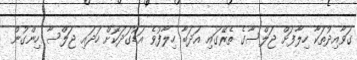
ގަވާއިދުތަކާ ހިލާފަށް ޖަލްސާގެ ތެރޭގައި އަދަބާ ހިލާފުވެ އަޑުގަދަކޮށް ހަދައި ޖަލްސާ ހިންގުން